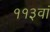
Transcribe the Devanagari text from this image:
११३वां